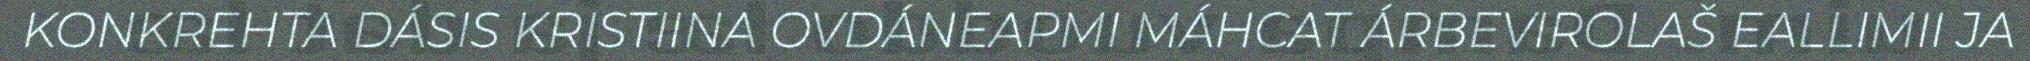
KONKREHTA DÁSIS KRISTIINA OVDÁNEAPMI MÁHCAT ÁRBEVIROLAŠ EALLIMII JA